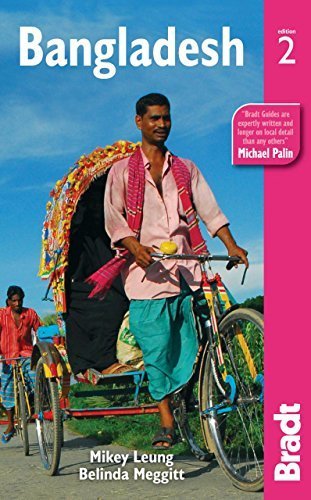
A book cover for Bangladesh (Bradt Travel Guides) by Leung, Mikey, Meggitt, Belinda (2012) Paperback; Mikey, Meggitt, Belinda Leung; Travel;